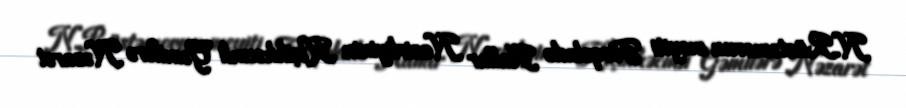
N.Rüstəmovun meyiti Fövqəladə Hallar Nazirliyinin Kiçikhəcmli Gəmilərə Nəzarət